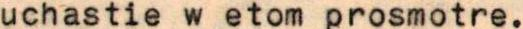
uchastie w etom prosmotre.